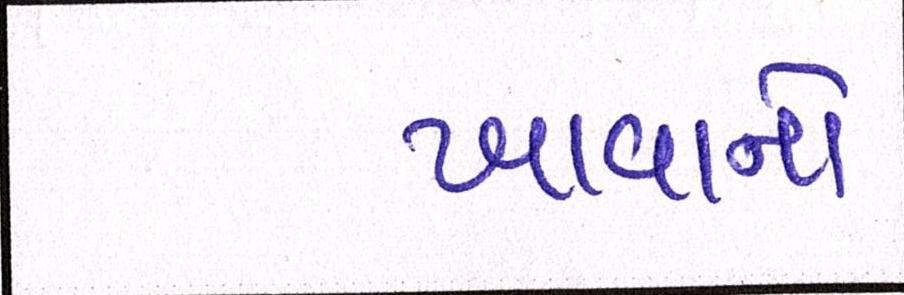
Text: ખાવાનો